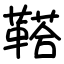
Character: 鞳